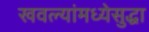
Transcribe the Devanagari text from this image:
खवल्यांमध्येसुद्धा